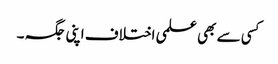
کسی سے بھی علمی اختلاف اپنی جگہ ۔